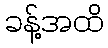
ခန့်အထိ